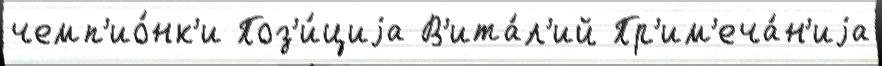
чемп'ио́нк'и Поз'и́циjа В'ита́л'ий Пр'им'еча́н'иjа